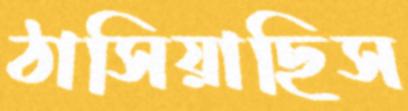
ঠাসিয়াছিস